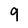
Character: 9